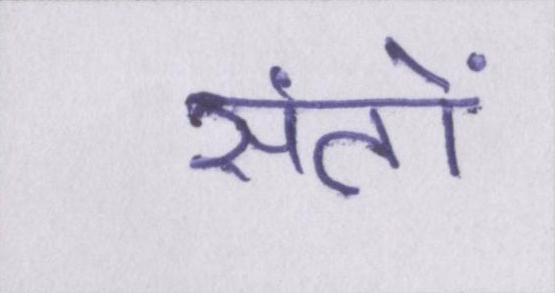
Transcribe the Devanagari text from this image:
संतों